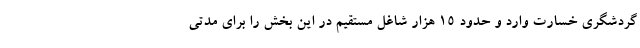
گردشگری خسارت وارد و حدود ۱۵ هزار شاغل مستقیم در این بخش را برای مدتی